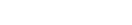
-